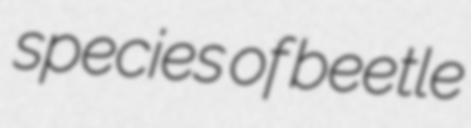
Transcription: species of beetle